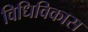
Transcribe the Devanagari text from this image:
विधिविकास